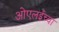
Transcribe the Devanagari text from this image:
ओएलईच्या